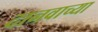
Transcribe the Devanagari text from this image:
दानवाच्या